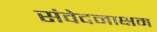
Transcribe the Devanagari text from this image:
संवेदनाक्षम